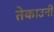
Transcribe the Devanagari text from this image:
तेकाउनीं